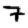
Digit: 7